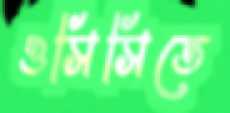
ওসিসিতে